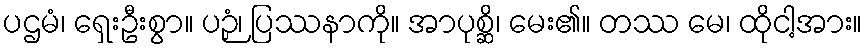
ပဌမံ၊ ရှေးဦးစွာ။ ပဉှံ၊ ပြဿနာကို။ အာပုစ္ဆိ၊ မေး၏။ တဿ မေ၊ ထိုငါ့အား။